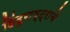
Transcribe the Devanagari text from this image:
हिंदुराष्ट्राचे